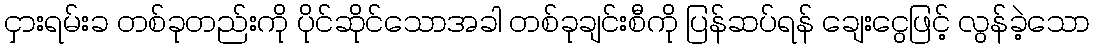
ငှားရမ်းခ တစ်ခုတည်းကို ပိုင်ဆိုင်သောအခါ တစ်ခုချင်းစီကို ပြန်ဆပ်ရန် ချေးငွေဖြင့် လွန်ခဲ့သော